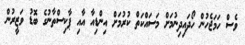
ވެސް ހަމަޖެހުން ހޯދައިދިނުމަށް މަސައްކަތް ކުރުމަށް އިންޑިއާ އާއި ޕާކިސްތާނުގެ ބޮޑު ވަޒީރުން